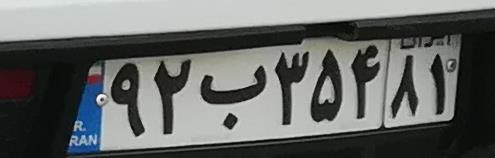
۹۲ب۳۵۴۸۱